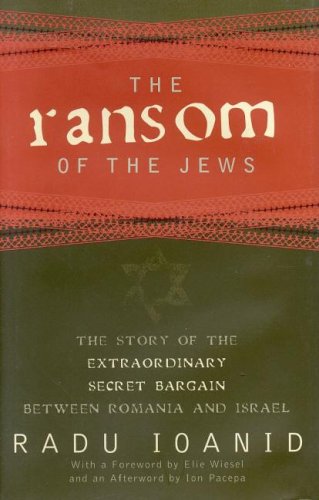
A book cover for The Ransom of the Jews: The Story of Extraordinary Secret Bargain Between Romania and Israel; Radu Ioanid; History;